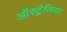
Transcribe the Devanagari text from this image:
ऑस्ट्र्रेलिया